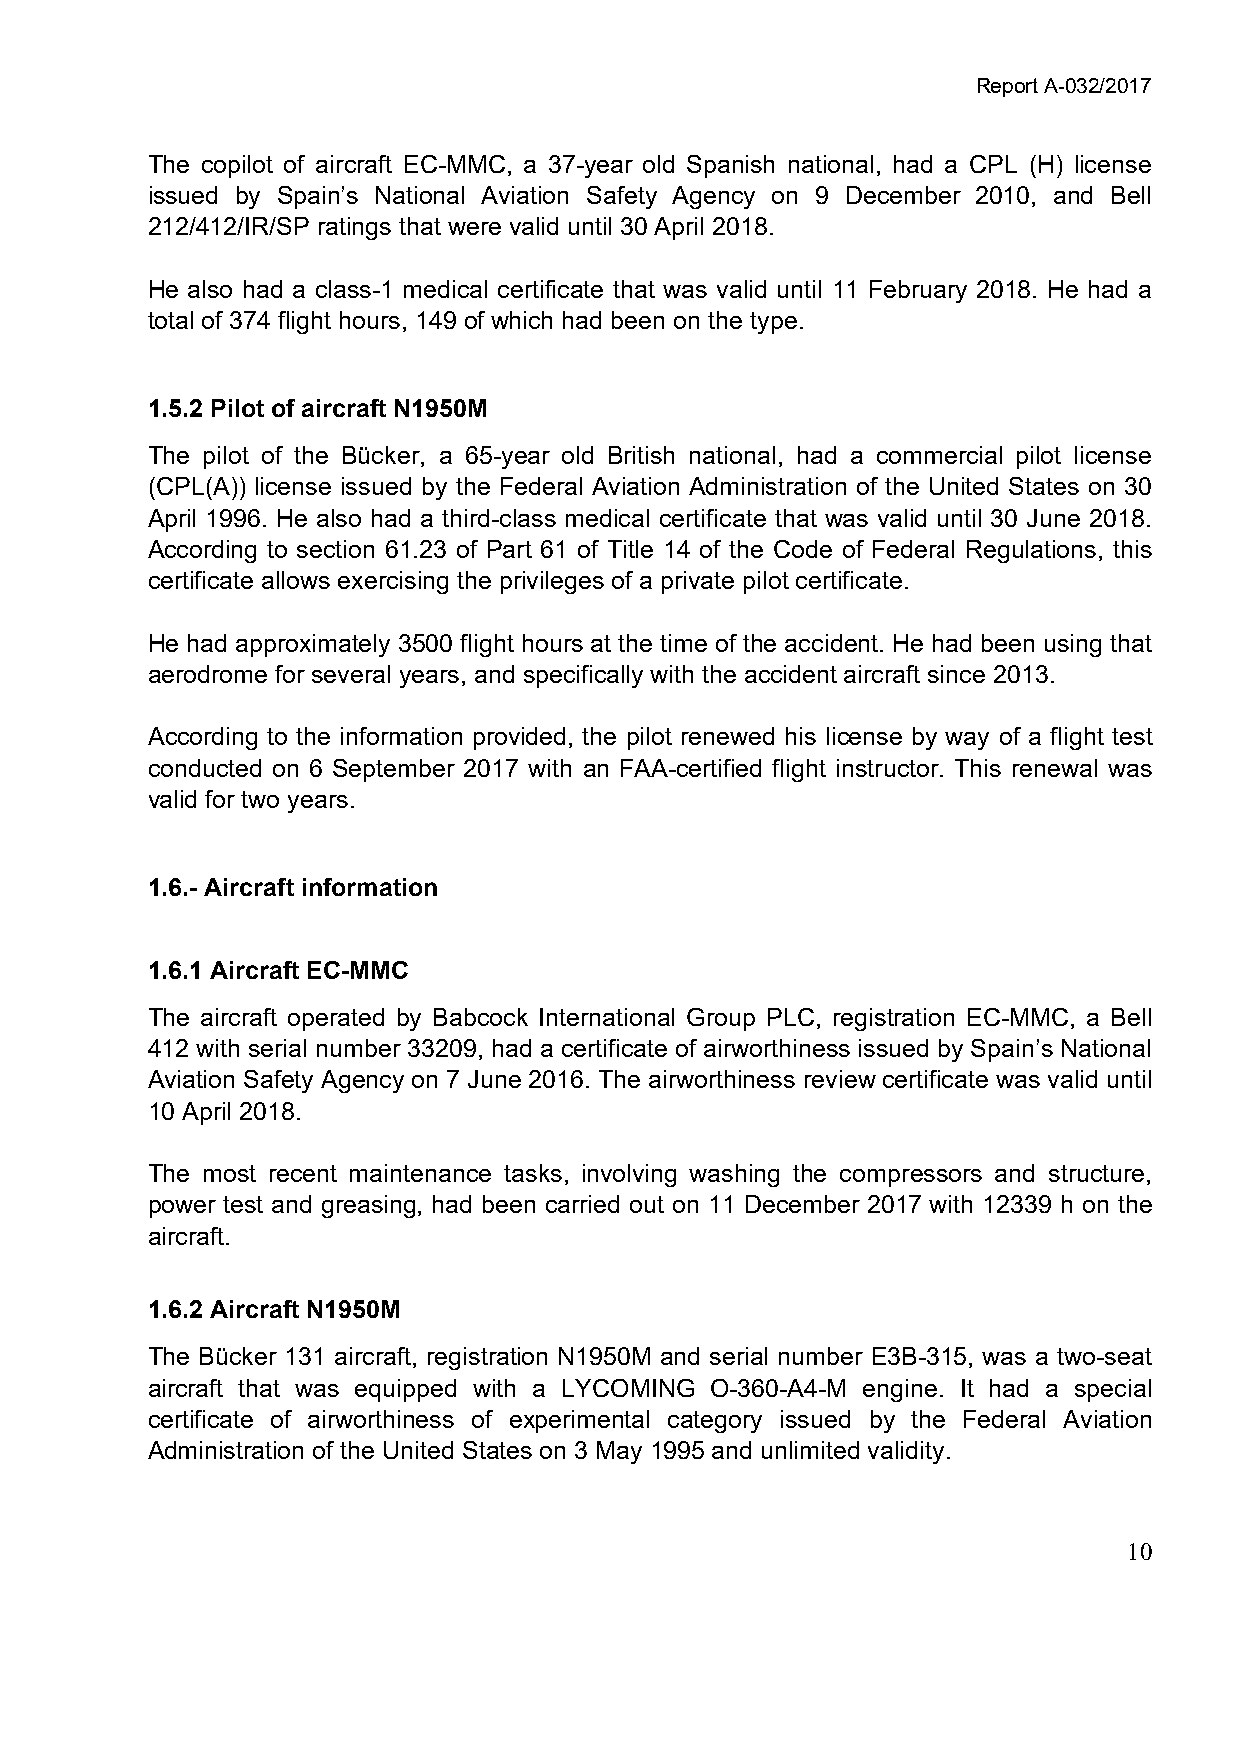
Report A-032/2017
 The copilot of aircraft EC-MMC, a 37-year old Spanish national, had a CPL (H) license
 issued by Spain’s National Aviation Safety Agency on 9 December 2010, and Bell
 212/412/IR/SP ratings that were valid until 30 April 2018.
 He also had a class-1 medical certificate that was valid until 11 February 2018. He had a
 total of 374 flight hours, 149 of which had been on the type.
 1.5.2 Pilot of aircraft N1950M
 The pilot of the Bücker, a 65-year old British national, had a commercial pilot license
 (CPL(A)) license issued by the Federal Aviation Administration of the United States on 30
 April 1996. He also had a third-class medical certificate that was valid until 30 June 2018.
 According to section 61.23 of Part 61 of Title 14 of the Code of Federal Regulations, this
 certificate allows exercising the privileges of a private pilot certificate.
 He had approximately 3500 flight hours at the time of the accident. He had been using that
 aerodrome for several years, and specifically with the accident aircraft since 2013.
 According to the information provided, the pilot renewed his license by way of a flight test
 conducted on 6 September 2017 with an FAA-certified flight instructor. This renewal was
 valid for two years.
 1.6.- Aircraft information
 1.6.1 Aircraft EC-MMC
 The aircraft operated by Babcock International Group PLC, registration EC-MMC, a Bell
 412 with serial number 33209, had a certificate of airworthiness issued by Spain’s National
 Aviation Safety Agency on 7 June 2016. The airworthiness review certificate was valid until
 10 April 2018.
 The most recent maintenance tasks, involving washing the compressors and structure,
 power test and greasing, had been carried out on 11 December 2017 with 12339 h on the
 aircraft.
 1.6.2 Aircraft N1950M
 The Bücker 131 aircraft, registration N1950M and serial number E3B-315, was a two-seat
 aircraft that was equipped with a LYCOMING O-360-A4-M engine. It had a special
 certificate of airworthiness of experimental category issued by the Federal Aviation
 Administration of the United States on 3 May 1995 and unlimited validity.
 10